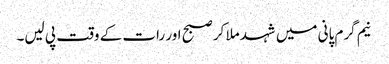
نیم گرم پانی میں شہد ملا کر صبح اور رات کے وقت پی لیں۔